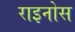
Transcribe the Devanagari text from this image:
राइनोस